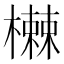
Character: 𬄸